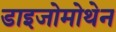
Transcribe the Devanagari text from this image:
डाइजोमोथेन